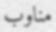
مناوب